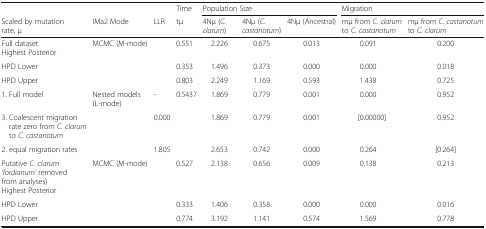
|  |  |  | Time | <COLSPAN=3> Population Size | <COLSPAN=2> Migration |
 | Scaled by mutation rate, μ | IMa2 Mode | LLR | tμ | 4Nμ (C. clarum) | 4Nμ (C. castanotum) | 4Nμ (Ancestral) | mμ from C. clarum to C. castanotum | mμ from C. castanotum to C. clarum |
 | --- | --- | --- | --- | --- | --- | --- | --- | --- |
 | Full datasetHighest Posterior | MCMC (M-mode) |  | 0.551 | 2.226 | 0.675 | 0.013 | 0.091 | 0.200 |
 | HPD Lower |  |  | 0.353 | 1.496 | 0.373 | 0.000 | 0.000 | 0.018 |
 | HPD Upper |  |  | 0.803 | 2.249 | 1.169 | 0.593 | 1.438 | 0.725 |
 | 1. Full model | Nested models (L-mode) | - | 0.5437 | 1.869 | 0.779 | 0.001 | 0.000 | 0.952 |
 | 3. Coalescent migration rate zero from C. clarum to C. castanotum |  | 0.000 |  | 1.869 | 0.779 | 0.001 | [0.00000] | 0.952 |
 | 2. equal migration rates |  | 1.805 |  | 2.653 | 0.742 | 0.000 | 0.264 | [0.264] |
 | Putative C. clarum ‘fordianum’ removed from analyses)Highest Posterior | MCMC (M-mode) |  | 0.527 | 2.138 | 0.656 | 0.009 | 0.138 | 0.213 |
 | HPD Lower |  |  | 0.333 | 1.406 | 0.358 | 0.000 | 0.000 | 0.016 |
 | HPD Upper |  |  | 0.774 | 3.192 | 1.141 | 0.574 | 1.569 | 0.778 |